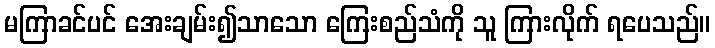
မကြာခင်ပင် အေးချမ်း၍သာသော ကြေးစည်သံကို သူ ကြားလိုက် ရပေသည်။